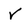
Character: v